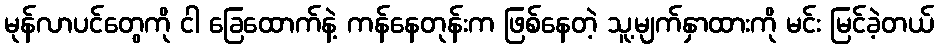
မုန်လာပင်တွေကို ငါ ခြေထောက်နဲ့ ကန်နေတုန်းက ဖြစ်နေတဲ့ သူ့မျက်နှာထားကို မင်း မြင်ခဲ့တယ်